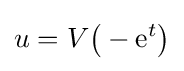
u=V{\big (}-\mathrm {e} ^{t}{\big )}